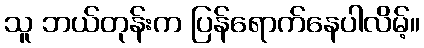
သူ ဘယ်တုန်းက ပြန်ရောက်နေပါလိမ့်။